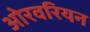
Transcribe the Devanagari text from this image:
ओरवरियन